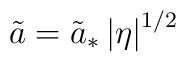
\tilde{a} = \tilde{a}_*\left|\eta \right|^{1/2}